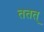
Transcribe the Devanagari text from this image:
ततत्‌